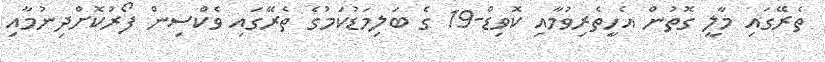
ތެރޭގައި މާލީ ގޮތުން އެހީތެރިވުމާއި ކޮވިޑް-19 ގެ ބަލިމަޑުކަމުގެ ތެރޭގައި ވެކްސިން ފޯރުކޮށްދިނުމާއި